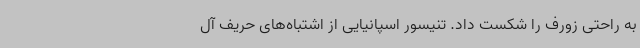
به راحتی زورف را شکست داد. تنیسور اسپانیایی از اشتباه‌های حریف آل